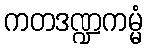
ကတဒဏ္ဍကမ္မံ